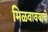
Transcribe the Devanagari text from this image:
मिळवावयाचे